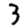
Digit: 3